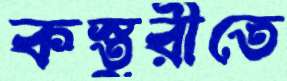
কস্তুরীতে